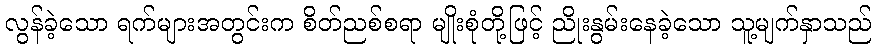
လွန်ခဲ့သော ရက်များအတွင်းက စိတ်ညစ်စရာ မျိုးစုံတို့ဖြင့် ညိုးနွမ်းနေခဲ့သော သူ့မျက်နှာသည်